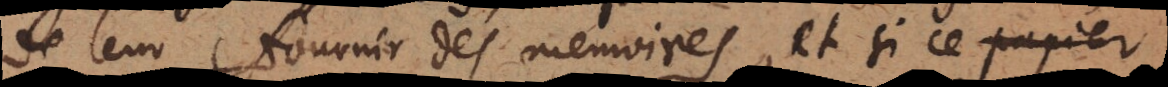
de leur fournir des memoires, et si ce petit